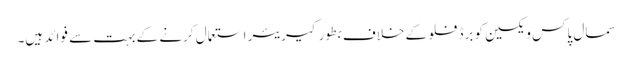
سمال پاکس ویکسین کو برڈ فلو کے خلاف بطور کیریئر استعمال کرنے کے بہت سے فوائد ہیں۔